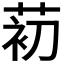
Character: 𰱗